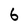
Character: 6